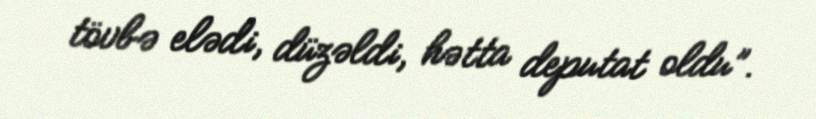
tövbə elədi, düzəldi, hətta deputat oldu”.